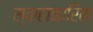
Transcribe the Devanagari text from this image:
स्वाहाकारिता